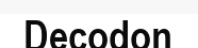
Decodon